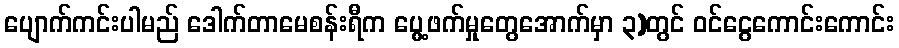
ပျောက်ကင်းပါမည် ဒေါက်တာမေစန်းရီက ပွေ့ဖက်မှုတွေအောက်မှာ ၃)တွင် ဝင်ငွေကောင်းကောင်း